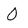
Character: 0